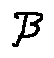
\beta